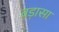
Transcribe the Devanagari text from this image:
बड़ासा